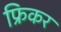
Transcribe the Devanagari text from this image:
फ्रिकर